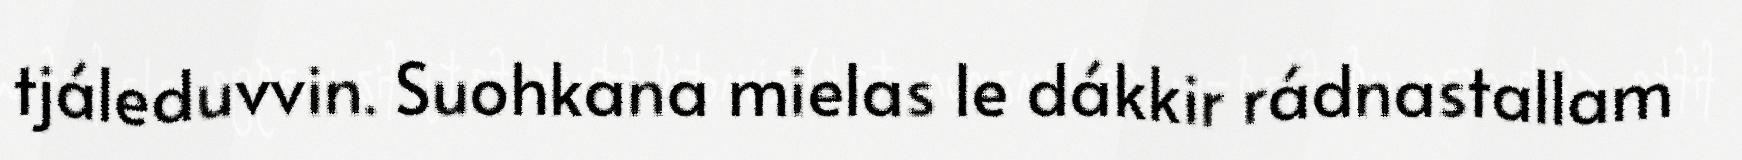
tjáleduvvin. Suohkana mielas le dákkir rádnastallam